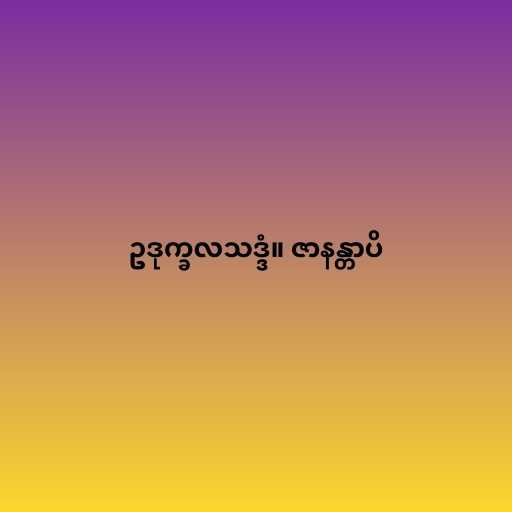
ဥဒုက္ခလသဒ္ဒံ။ ဇာနန္တာပိ